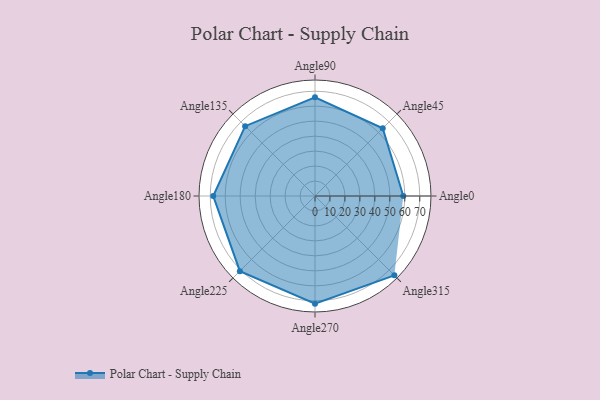
{"axis": {"x": "Angle", "y": "Radius"}, "legend": [""], "data": [{"x": "Angle0", "y": 59.0, "type": ""}, {"x": "Angle45", "y": 64.0, "type": ""}, {"x": "Angle90", "y": 66.0, "type": ""}, {"x": "Angle135", "y": 66.0, "type": ""}, {"x": "Angle180", "y": 68.0, "type": ""}, {"x": "Angle225", "y": 71.0, "type": ""}, {"x": "Angle270", "y": 72.0, "type": ""}, {"x": "Angle315", "y": 75.0, "type": ""}]}